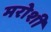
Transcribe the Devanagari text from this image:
मरोशी